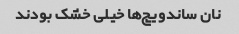
نان ساندویچ‌ها خیلى خشک بودند